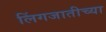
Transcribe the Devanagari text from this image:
लिंगजातीच्या